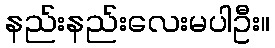
နည်းနည်းလေးမပါဦး။